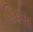
ડિવસ